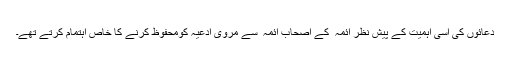
دعائوں کی اسی اہمیت کے پیش نظر آئمہ ؑ کے اصحاب آئمہ ؑ سے مروی ادعیہ کومحفوظ کرنے کا خاص اہتمام کرتے تھے۔